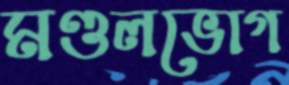
মণ্ডলভোগ